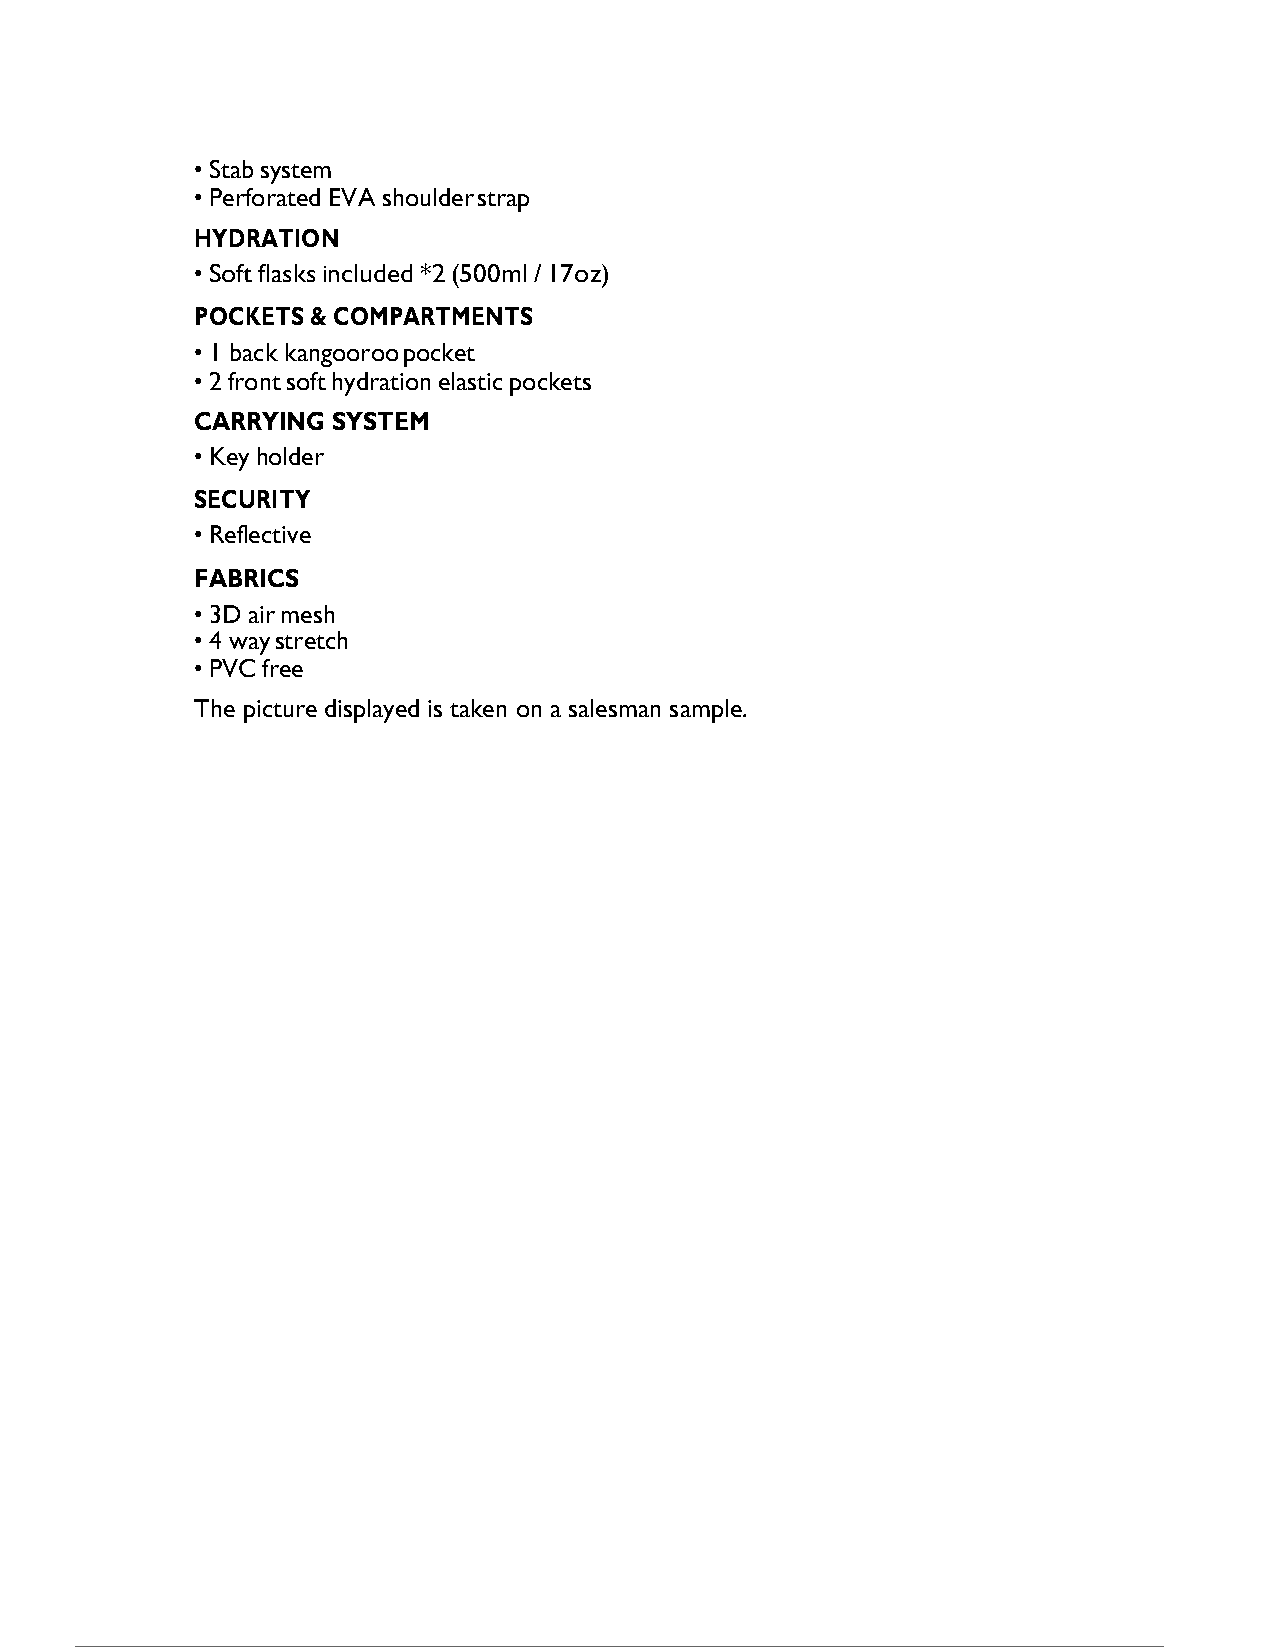
• Stab system
 • Perforated EVA shoulder strap
 HYDRATION
 • Soft flasks included *2 (500ml / 17oz)
 POCKETS & COMPARTMENTS
 • 1 back kangooroo pocket
 • 2 front soft hydration elastic pockets
 CARRYING SYSTEM
 • Key holder
 SECURITY
 • Reflective
 FABRICS
 • 3D air mesh
 • 4 way stretch
 • PVC free
 The picture displayed is taken on a salesman sample.